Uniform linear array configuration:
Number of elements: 8
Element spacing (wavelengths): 0.25
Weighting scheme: hamming
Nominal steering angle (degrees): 30
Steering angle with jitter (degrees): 29.632
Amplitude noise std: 0.05
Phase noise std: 0.05

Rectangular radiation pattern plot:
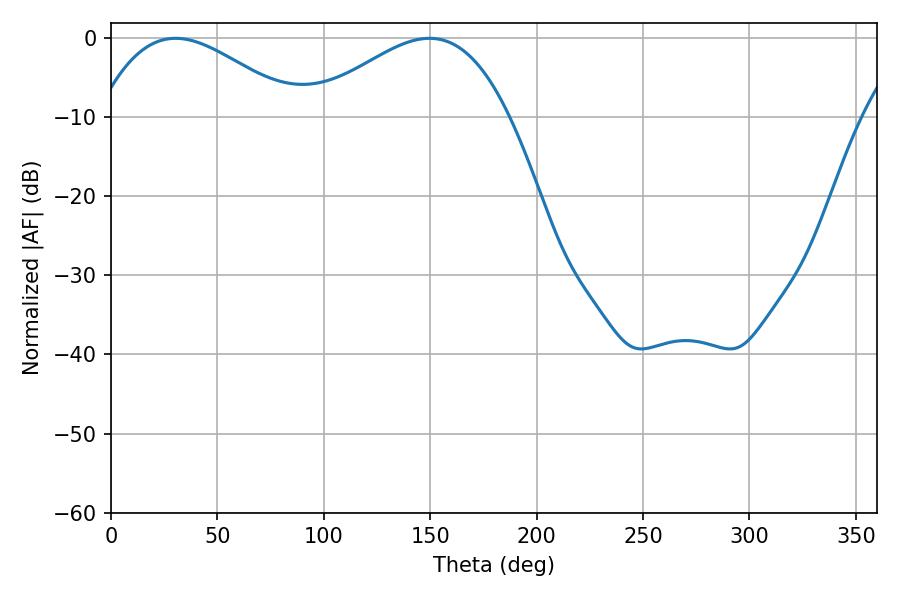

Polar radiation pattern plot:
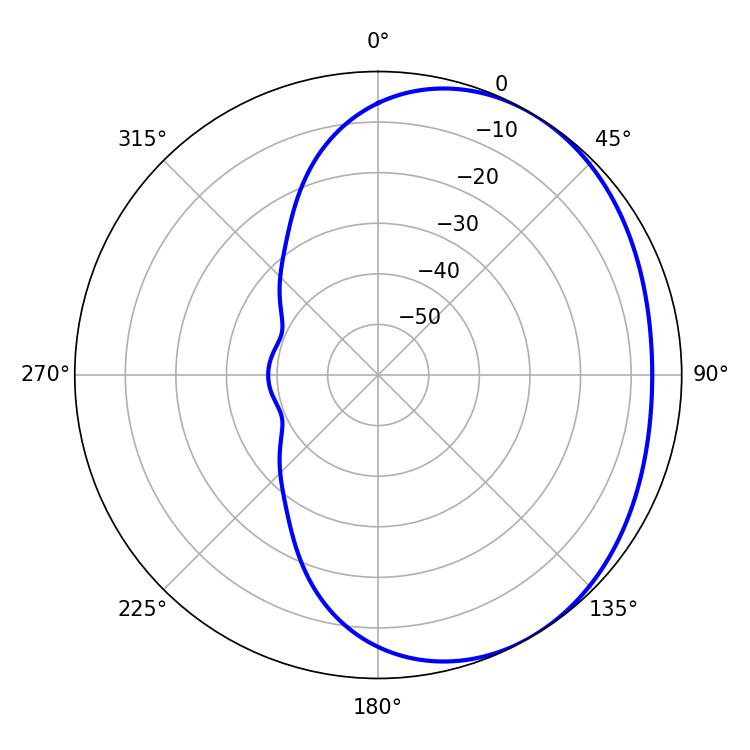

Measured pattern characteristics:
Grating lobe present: FALSE
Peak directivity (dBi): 2.596
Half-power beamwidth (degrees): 50.58
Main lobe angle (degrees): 30.42